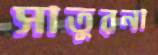
সাতুরনা